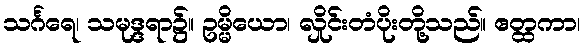
သင်္ဂရေ၊ သမုဒ္ဒရာ၌။ ဥမ္မိယော၊ လှိုင်းတံပိုးတို့သည်။ ဧတ္ထကာ၊